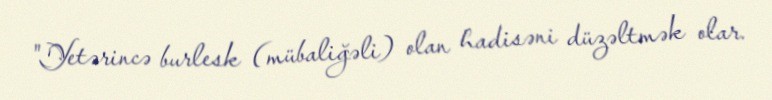
"Yetərincə burlesk (mübaliğəli) olan hadisəni düzəltmək olar.